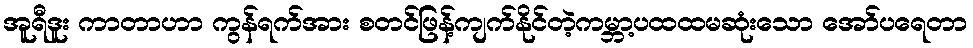
အူရီဒူး ကာတာဟာ ကွန်ရက်အား စတင်ဖြန့်ကျက်နိုင်တဲ့ကမ္ဘာ့ပထထမဆုံးသော အော်ပရေတာ